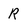
Character: R